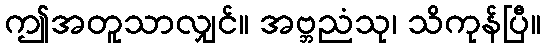
ဤအတူသာလျှင်။ အဗ္ဘညံသု၊ သိကုန်ပြီ။